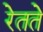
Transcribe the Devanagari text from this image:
रेतते